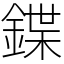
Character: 鍱